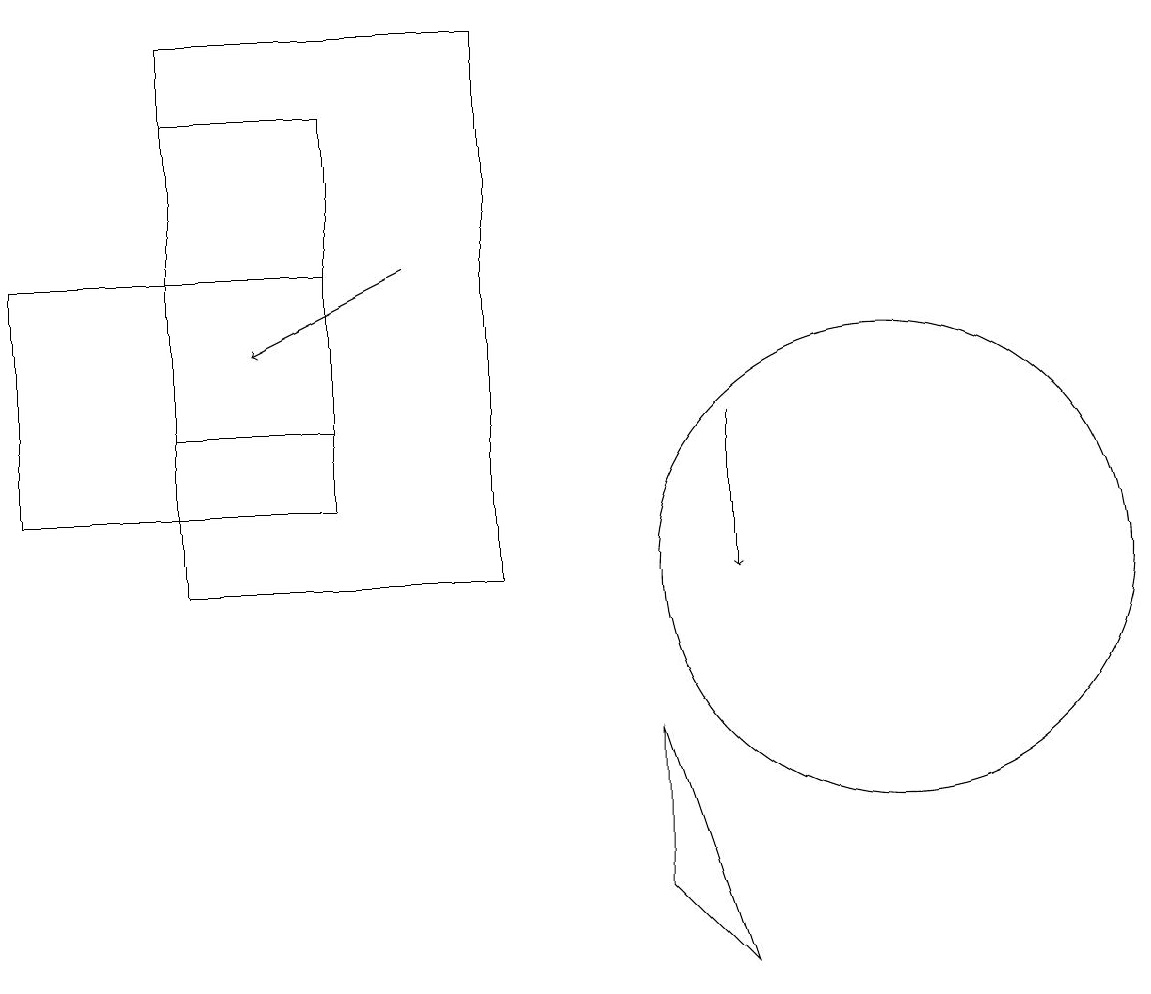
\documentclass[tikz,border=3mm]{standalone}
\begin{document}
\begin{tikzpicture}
\draw (2,18) rectangle (6,11);
\draw (9,6) -- (8,7) -- (8,9) -- cycle;
\draw (0,12) rectangle (4,15);
\draw (11,11) circle (3);
\draw[->] (9,13) -- (9,11);
\draw (2,17) rectangle (4,13);
\draw[->] (5,15) -- (3,14);
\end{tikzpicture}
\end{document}